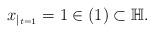
LaTeX: \begin{align*} x_{|_{t=1}}=1\in(1)\subset\mathbb{H}.\end{align*}